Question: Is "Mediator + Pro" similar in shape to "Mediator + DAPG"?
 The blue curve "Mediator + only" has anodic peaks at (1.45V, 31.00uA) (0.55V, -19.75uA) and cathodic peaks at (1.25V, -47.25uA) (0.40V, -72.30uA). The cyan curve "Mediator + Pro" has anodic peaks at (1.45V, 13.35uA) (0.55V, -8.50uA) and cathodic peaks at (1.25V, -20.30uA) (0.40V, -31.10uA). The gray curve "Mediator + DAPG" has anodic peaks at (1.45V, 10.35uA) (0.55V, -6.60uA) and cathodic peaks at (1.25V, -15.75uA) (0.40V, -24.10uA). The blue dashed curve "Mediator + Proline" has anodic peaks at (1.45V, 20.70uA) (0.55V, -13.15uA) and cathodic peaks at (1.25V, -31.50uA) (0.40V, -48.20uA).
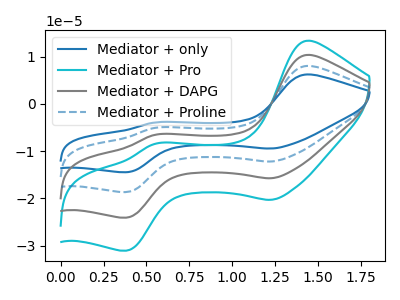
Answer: <think>All the peaks in "Mediator + Pro" have a peak in "Mediator + DAPG" at the same potential.
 </think>
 <answer>"Mediator + Pro" and "Mediator + DAPG" are similar in shape.</answer>
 <eval>same_shape</eval>